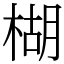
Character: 楜